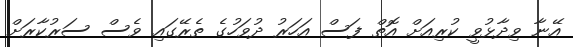
އޭނާ ވިދާޅުވީ ކުރިއަށް އޮތް ފަސް އަހަރު ދުވަހުގެ ތެރޭގައި ވެސް ސަރުކާރަށް